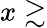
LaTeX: x\gtrsim